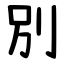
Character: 別